Scottish Certificate of Education, 1963
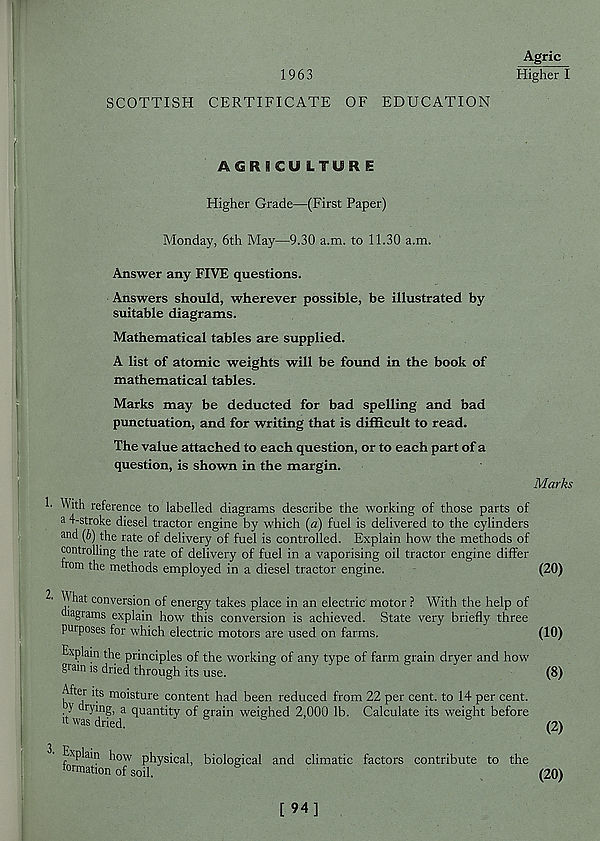
1963
SCOTTISH CERTIFICATE OF EDUCATION
Agric
Higher I
AGRICULTURE
Higher Grade—(First Paper)
Monday, 6th May—9.30 a.m. to 11.30 a.m.
Answer any FIVE questions.
Answers should, wherever possible, be illustrated by
suitable diagrams.
Mathematical tables are supplied.
A list of atomic weights will be found in the book of
mathematical tables.
Marks may be deducted for bad spelling and bad
punctuation, and for writing that is difficult to read.
The value attached to each question, or to each part of a
question, is shown in the margin.
Marks
' Wrth reference to labelled diagrams describe the working of those parts of
a 4-stroke diesel tractor engine by which (a) fuel is delivered to the cylinders
and (b) the rate of delivery of fuel is controlled. Explain how the methods of
controlling the rate of delivery of fuel in a vaporising oil tractor engine differ
from the methods employed in a diesel tractor engine.
(20)
^ hat conversion of energy takes place in an electric motor ? With the help of
>agrams explain how this conversion is achieved. State very briefly three
purposes for which electric motors are used on farms.
Explain the principles of the working of any type of farm grain dryer and how
grain is dried through its use.
h^T ^' S mo * s(;ure content had been reduced from 22 per cent, to 14 per cent,
y drying, a quantity of grain weighed 2,000 lb. Calculate its weight before
it was dried.
Explain how physical, biological and climatic factors contribute to the
formation of soil.
(10)
(8)
(2)
(20)
[ 94]